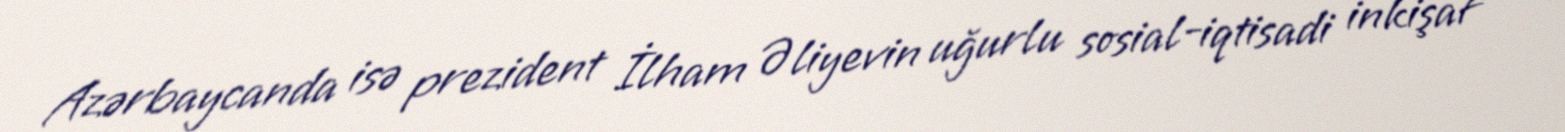
Azərbaycanda isə prezident İlham Əliyevin uğurlu sosial-iqtisadi inkişaf